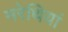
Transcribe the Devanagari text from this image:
मरेथियां